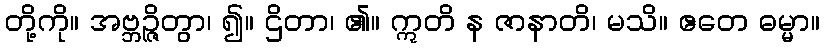
တို့ကို။ အဗ္ဘဉ္ဇိတွာ၊ ၍။ ဌိတာ၊ ၏။ ဣတိ န ဇာနာတိ၊ မသိ။ ဧတေ ဓမ္မာ။